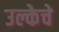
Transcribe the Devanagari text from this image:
उल्केचे